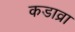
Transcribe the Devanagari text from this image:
कडाव्रा